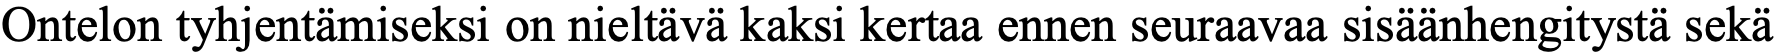
Ontelon tyhjentämiseksi on nieltävä kaksi kertaa ennen seuraavaa sisäänhengitystä sekä